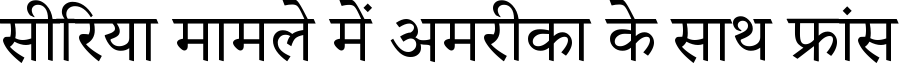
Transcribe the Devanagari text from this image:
सीरिया मामले में अमरीका के साथ फ्रांस